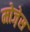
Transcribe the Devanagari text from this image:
मोजे़स